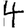
Digit: 4